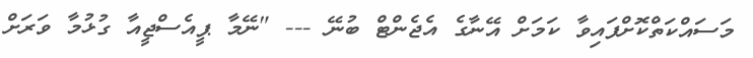
މަސައްކަތްކޮށްފައިވާ ކަމަށް އޭނާގެ އެޖެންޓް ބުނޭ --- "ނޭމާ ޕީއެސްޖީއާ ގުޅުމާ ވަރަށް